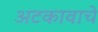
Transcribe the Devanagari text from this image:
अटकावाचे